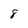
Character: 8